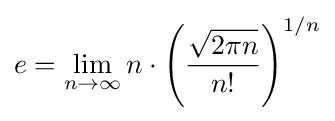
e=\lim _{n\to \infty }n\cdot \left({\frac {\sqrt {2\pi n}}{n!}}\right)^{1/n}